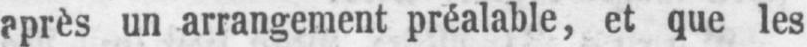
après un arrangement préalable, et que les